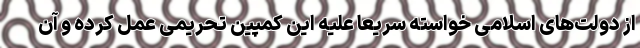
از دولت‌های اسلامی خواسته سریعا علیه این کمپین تحریمی عمل کرده و آن